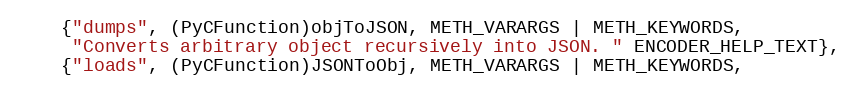
Language: C
    {"dumps", (PyCFunction)objToJSON, METH_VARARGS | METH_KEYWORDS,
     "Converts arbitrary object recursively into JSON. " ENCODER_HELP_TEXT},
    {"loads", (PyCFunction)JSONToObj, METH_VARARGS | METH_KEYWORDS,